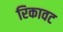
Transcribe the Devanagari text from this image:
रिकावट